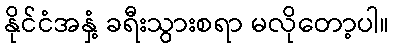
နိုင်ငံအနှံ့ ခရီးသွားစရာ မလိုတော့ပါ။